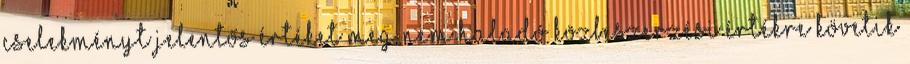
cselekményt jelentős értéket meg nem haladó közbeszerzési értékre követik